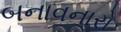
બનાવનારો